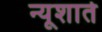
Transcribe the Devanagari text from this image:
न्यूशाते